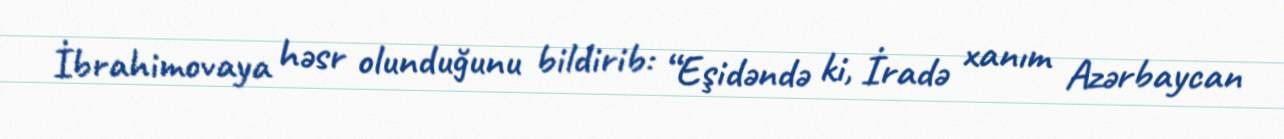
İbrahimovaya həsr olunduğunu bildirib: “Eşidəndə ki, İradə xanım Azərbaycan